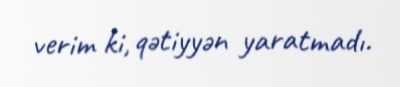
verim ki, qətiyyən yaratmadı.